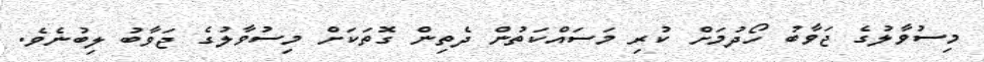
މިސުވާލުގެ ޖަވާބު ހޯދުމަށް ކުރި މަސައްކަތުން ދެތިން ގޮތަކަށް މިސުވާލުގެ ޖަވާބު ލިބުނެވެ.